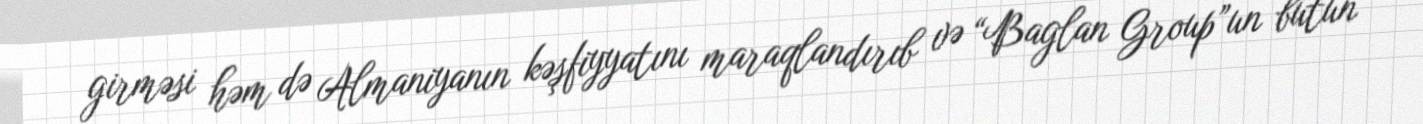
girməsi həm də Almaniyanın kəşfiyyatını maraqlandırıb və “Baglan Group”un bütün